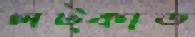
লট্‌কাত